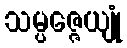
သမ္ပဇ္ဇေယျုံ